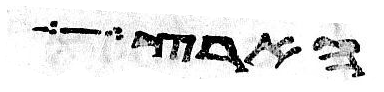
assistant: הארץ